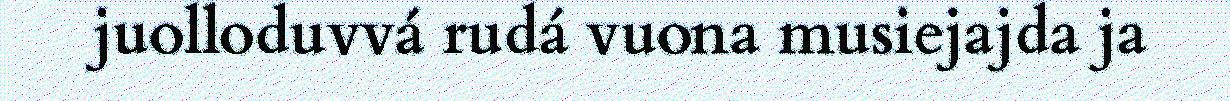
juolloduvvá rudá vuona musiejajda ja